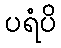
ပရံပိ